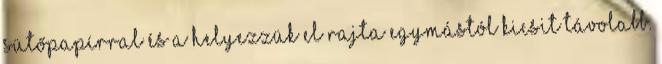
sütőpapírral és a helyezzük el rajta egymástól kicsit távolabb.